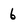
Character: 6